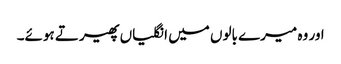
اور وہ میرے بالوں میں انگلیاں پھیرتے ہوئے۔